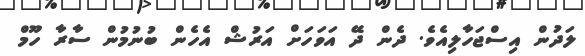
ލަދުން އިސްޖަހާލިއެވެ. ދެން ދޭ އަވަހަށް އަރުޝް އެހެން ބުނުމުން ސާރާ ހޫމް